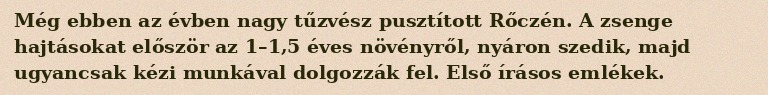
Még ebben az évben nagy tűzvész pusztított Rőczén. A zsenge hajtásokat először az 1–1,5 éves növényről, nyáron szedik, majd ugyancsak kézi munkával dolgozzák fel. Első írásos emlékek.